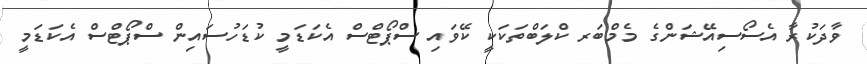
ވާދަކުރާ އެސޯސިއޭޝަންގެ މެމްބަރ ކްލަބްތަކަކީ ކޭވައި ސްޕޯޓްސް އެކަޑަމީ ކުޑަހުސައިން ސްޕޯޓްސް އެކަޑަމީ